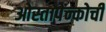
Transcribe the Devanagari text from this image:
ओस्तापेन्कोची